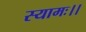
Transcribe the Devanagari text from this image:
स्यामः।।